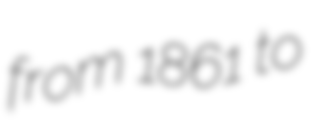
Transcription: from 1861 to